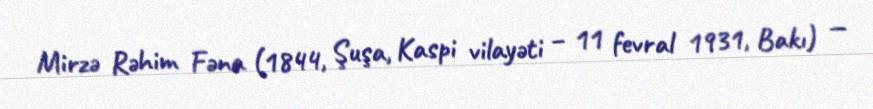
Mirzə Rəhim Fəna (1844, Şuşa, Kaspi vilayəti – 11 fevral 1931, Bakı) —